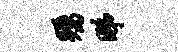
瞩睇